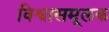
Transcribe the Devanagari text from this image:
विश्वासमूलक